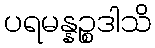
ပရမန္နဉ္စဒါသိ